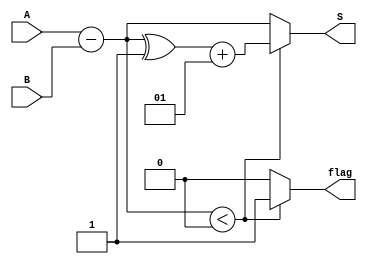
`timescale 1ns / 1ps
//////////////////////////////////////////////////////////////////////////////////
// Company: 
// Engineer: 
// 
// Design Name: 
// Module Name: Subtraction
// Project Name: 
// Target Devices: 
// Tool Versions: 
// Description: 
// 
// Dependencies: 
// 
// Revision:
// Revision 0.01 - File Created
// Additional Comments:
// 
//////////////////////////////////////////////////////////////////////////////////


module Subtraction(
input signed [7:0] A,B,
output reg signed [7:0] S,
output reg flag
    );
wire signed [7:0]temp; 
assign temp = A-B;
always@(*)begin
if(temp<0)begin
S=(temp^-1)+1;
flag=1;
end
else
begin
S=temp;
flag=0;
end
end
endmodule